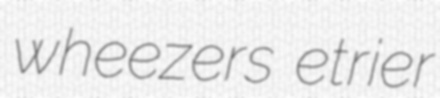
wheezers etrier